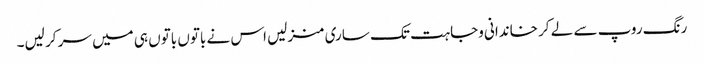
رنگ روپ سے لے کر خاندانی وجاہت تک ساری منزلیں اس نے باتوں باتوں ہی میں سر کر لیں۔